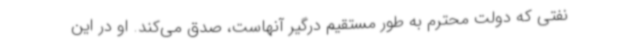
نفتی که دولت محترم به طور مستقیم درگیر آنهاست، صدق می‌کند. او در این